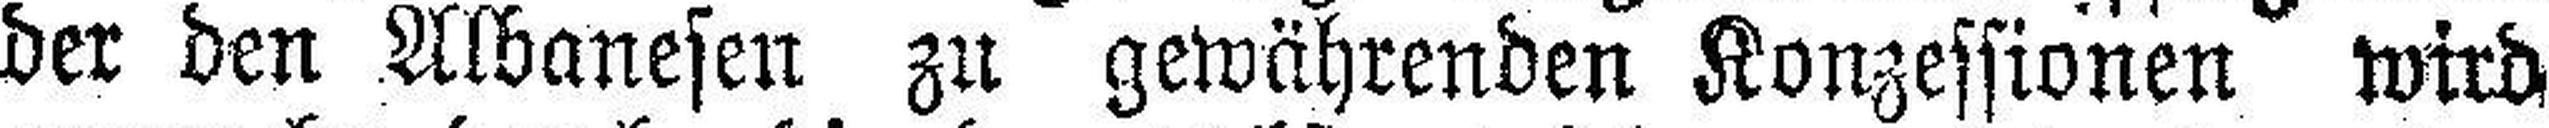
der den Albanesen zu gewährenden Konzessionen wird